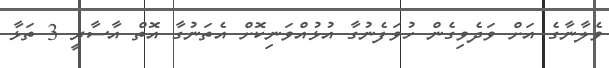
ވެލާނާގެ އަށް ވަދެވިގެން ހުވަފެނުގާ އުޅުއްވަނިކޮށް އެތަނުގާ އޮތް އާސާރީ 3 ތަޅާ